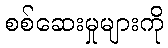
စစ်ဆေးမှုများကို